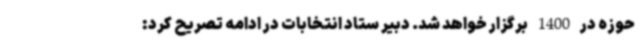
حوزه در 1400 برگزار خواهد شد. دبیر ستاد انتخابات در ادامه تصریح کرد: